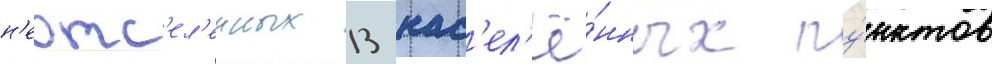
н'еотс'ел'енных 13 нас'ел'ё́нных пу́нктов